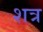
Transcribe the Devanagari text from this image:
शत्र